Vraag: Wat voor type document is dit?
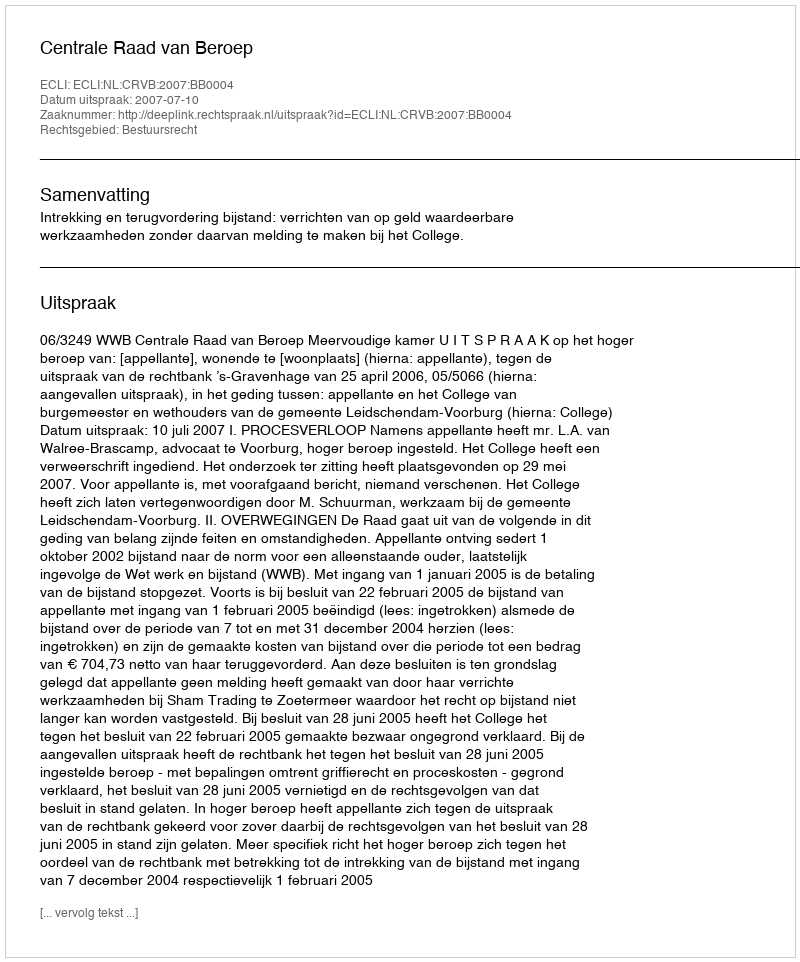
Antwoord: Uitspraak